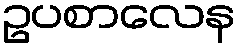
ဥပစာလေန